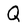
Character: Q